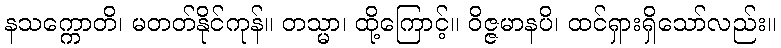
နသက္ကောတိ၊ မတတ်နိုင်ကုန်။ တသ္မာ၊ ထို့ကြောင့်။ ဝိဇ္ဇမာနပိ၊ ထင်ရှားရှိသော်လည်း။